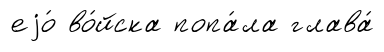
еjо́ во́йска попа́ла глава́